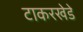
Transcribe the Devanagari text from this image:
टाकरखेडे